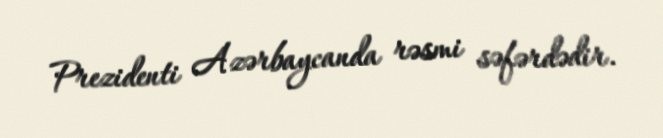
Prezidenti Azərbaycanda rəsmi səfərdədir.